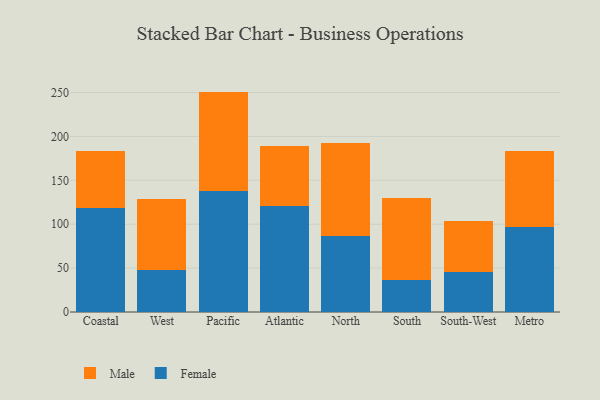
{"axis": {"x": "Region", "y": "Production Output"}, "legend": ["Female", "Male"], "data": [{"x": "Coastal", "y": 118.9, "type": "Female"}, {"x": "Coastal", "y": 65.1, "type": "Male"}, {"x": "West", "y": 47.7, "type": "Female"}, {"x": "West", "y": 81.3, "type": "Male"}, {"x": "Pacific", "y": 137.6, "type": "Female"}, {"x": "Pacific", "y": 113.5, "type": "Male"}, {"x": "Atlantic", "y": 120.3, "type": "Female"}, {"x": "Atlantic", "y": 68.7, "type": "Male"}, {"x": "North", "y": 87.1, "type": "Female"}, {"x": "North", "y": 105.7, "type": "Male"}, {"x": "South", "y": 36.7, "type": "Female"}, {"x": "South", "y": 93.7, "type": "Male"}, {"x": "South-West", "y": 45.3, "type": "Female"}, {"x": "South-West", "y": 58.2, "type": "Male"}, {"x": "Metro", "y": 96.4, "type": "Female"}, {"x": "Metro", "y": 86.7, "type": "Male"}]}